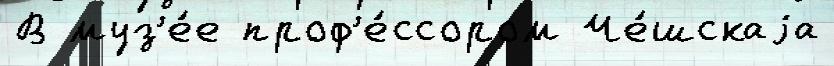
В муз'е́е проф'е́ссором Че́шскаjа